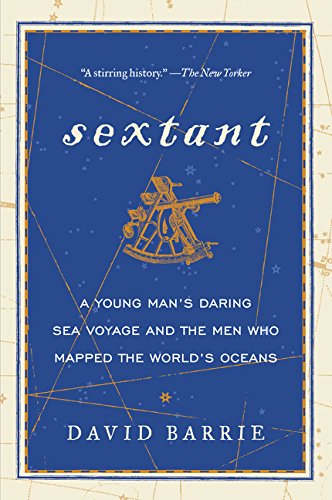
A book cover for Sextant: A Young Man's Daring Sea Voyage and the Men Who Mapped the World's Oceans; David Barrie; Engineering & Transportation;